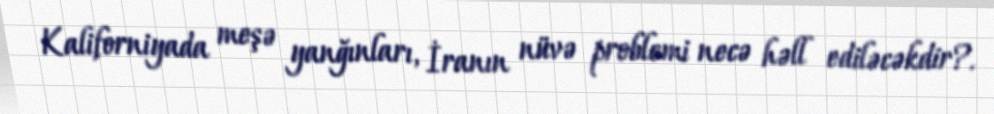
Kaliforniyada meşə yanğınları, İranın nüvə problemi necə həll ediləcəkdir?.